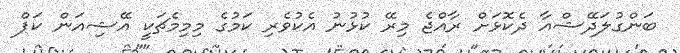
ބަންގުލަދޭޝްއާ ދެކޮޅަށް ރާއްޖެ މިރޭ ކުޅުނު އެކުވެރި ކަމުގެ މިމިމެޗަކީ އޭޝިއަން ކަޕް